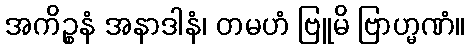
အကိဉ္စနံ အနာဒါနံ၊ တမဟံ ဗြူမိ ဗြာဟ္မဏံ။